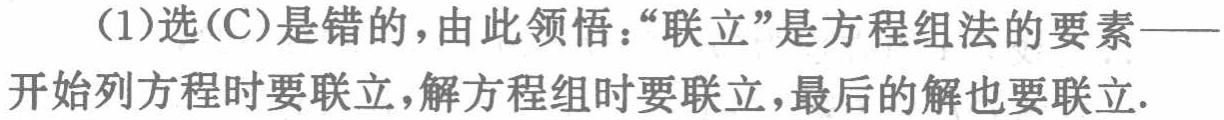
(1)选(C)是错的，由此领悟：“联立”是方程组法的要素——开始列方程时要联立，解方程组时要联立，最后的解也要联立.